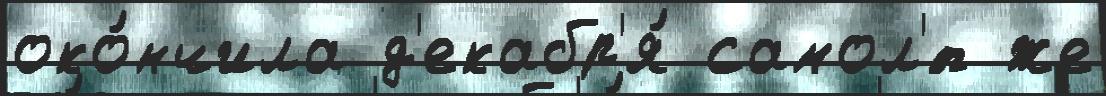
око́нчила д'екабр'я́ самол'́т же